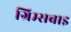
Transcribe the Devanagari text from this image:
ग्रिम्सबाइ